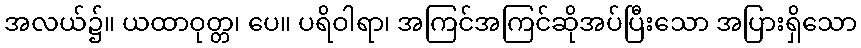
အလယ်၌။ ယထာဝုတ္တ၊ ပေ။ ပရိဝါရာ၊ အကြင်အကြင်ဆိုအပ်ပြီးသော အပြားရှိသော